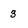
Character: 3